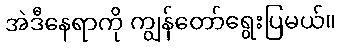
အဲဒီနေရာကို ကျွန်တော်ရွေးပြမယ်။